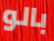
بالو